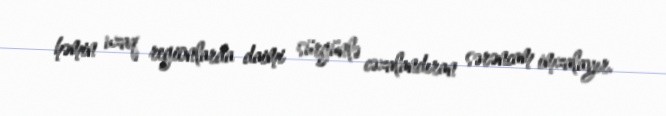
həmin uzaq regionlarda daimi sürgünlə cəzalandıran sərəncam imzalayır.